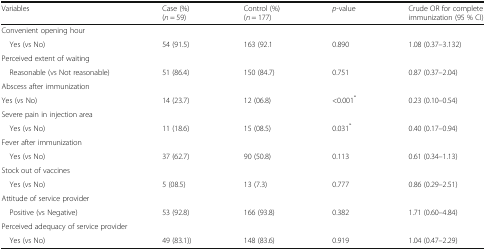
<table><thead><tr><td><b>Variables</b></td><td><b>Case (%)(<i>n</i> = 59)</b></td><td><b>Control (%)(<i>n</i> = 177)</b></td><td><b><i>p</i>-value</b></td><td><b>Crude OR for complete immunization (95 % CI)</b></td></tr></thead><tbody><tr><td colspan="5">Convenient opening hour</td></tr><tr><td> Yes (vs No)</td><td>54 (91.5)</td><td>163 (92.1</td><td>0.890</td><td>1.08 (0.37–3.132)</td></tr><tr><td colspan="5">Perceived extent of waiting</td></tr><tr><td> Reasonable (vs Not reasonable)</td><td>51 (86.4)</td><td>150 (84.7)</td><td>0.751</td><td>0.87 (0.37–2.04)</td></tr><tr><td colspan="5">Abscess after immunization</td></tr><tr><td>Yes (vs No)</td><td>14 (23.7)</td><td>12 (06.8)</td><td>&lt;0.001<sup>*</sup></td><td>0.23 (0.10–0.54)</td></tr><tr><td colspan="5">Severe pain in injection area</td></tr><tr><td> Yes (vs No)</td><td>11 (18.6)</td><td>15 (08.5)</td><td>0.031<sup>*</sup></td><td>0.40 (0.17–0.94)</td></tr><tr><td colspan="5">Fever after immunization</td></tr><tr><td> Yes (vs No)</td><td>37 (62.7)</td><td>90 (50.8)</td><td>0.113</td><td>0.61 (0.34–1.13)</td></tr><tr><td colspan="5">Stock out of vaccines</td></tr><tr><td> Yes (vs No)</td><td>5 (08.5)</td><td>13 (7.3)</td><td>0.777</td><td>0.86 (0.29–2.51)</td></tr><tr><td colspan="5">Attitude of service provider</td></tr><tr><td> Positive (vs Negative)</td><td>53 (92.8)</td><td>166 (93.8)</td><td>0.382</td><td>1.71 (0.60–4.84)</td></tr><tr><td colspan="5">Perceived adequacy of service provider</td></tr><tr><td> Yes (vs No)</td><td>49 (83.1))</td><td>148 (83.6)</td><td>0.919</td><td>1.04 (0.47–2.29)</td></tr></tbody></table>